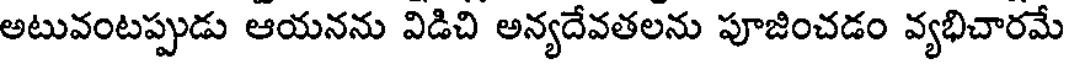
అటువంటప్పుడు ఆయనను విడిచి అన్యదేవతలను పూజించడం వ్యభిచారమే